Scottish Leaving Certificate Examination, 1961
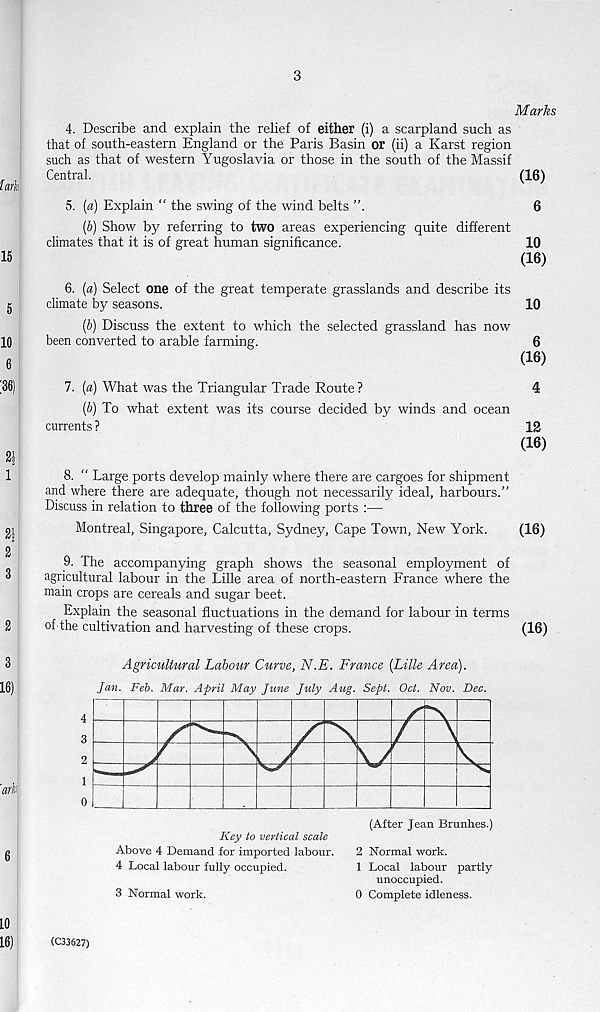
3
Marks
4. Describe and explain the relief of either (i) a scarpland such as
that of south-eastern England or the Paris Basin or (ii) a Karst region
such as that of western Yugoslavia or those in the south of the Massif
Central.
(16)
5. (a) Explain “ the swing of the wind belts
6
[b) Show by referring to two areas experiencing quite different
climates that it is of great human significance.
10
(16)
6. (a) Select one of the great temperate grasslands and describe its
climate by seasons.
10
[b) Discuss the extent to which the selected grassland has now
been converted to arable farming.
6
(16)
7. (a) What was the Triangular Trade Route ?
4
ib) To what extent was its course decided by winds and ocean
currents ?
12
(16)
8. “ Large ports develop mainly where there are cargoes for shipment
and where there are adequate, though not necessarily ideal, harbours.”
Discuss in relation to three of the following ports :—
Montreal, Singapore, Calcutta, Sydney, Cape Town, New York.
(16)
9. The accompanying graph shows the seasonal employment of
agricultural labour in the Lille area of north-eastern France where the
main crops are cereals and sugar beet.
Explain the seasonal fluctuations in the demand for labour in terms
of the cultivation and harvesting of these crops.
(16)
Agricultural Labour Curve, N.E. France {Lille Area).
(After Jean Brunhes.)
Key to vertical scale
Above 4 Demand for imported labour. 2 Normal work.
4 Local labour fully occupied.
1 Local labour partly
unoccupied.
3 Normal work.
0 Complete idleness.
(C33627)